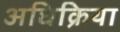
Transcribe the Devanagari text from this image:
अधिक्रिया